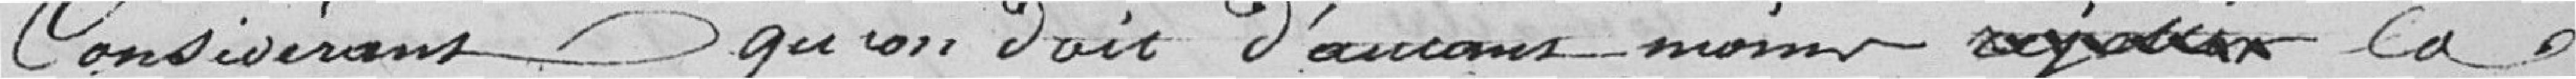
Considérant qu'on doit d'autant moins accueillir la